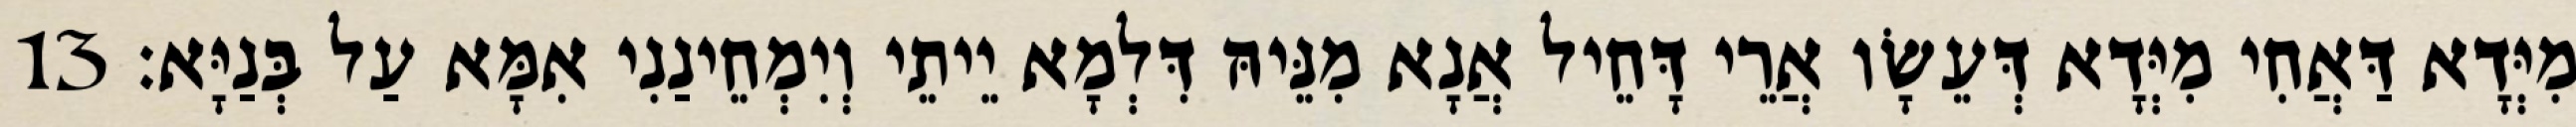
מִיְּדָא דַּאֲחִי מִיְּדָא דְּעֵשָׂו אֲרֵי דָּחֵיל אֲנָא מִנֵּיהּ דִּלְמָא יֵיתֵי וְיִמְחֵינַנִי אִמָּא עַל בְּנַיָּא׃ 13